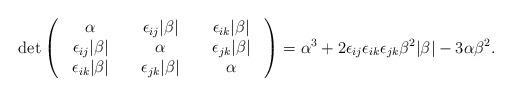
LaTeX: \begin{align*}\det \begin{pmatrix}&\alpha & \; &\epsilon_{ij}|\beta|& \; &\epsilon_{ik}|\beta|& \cr &\epsilon_{ij}|\beta|& \; &\alpha & \; &\epsilon_{jk}|\beta|& \cr&\epsilon_{ik}|\beta|& \;&\epsilon_{jk}|\beta|& \; &\alpha & \end{pmatrix} = \alpha^3+ 2 \epsilon_{ij}\epsilon_{ik}\epsilon_{jk}\beta^2|\beta| - 3\alpha\beta^2.\end{align*}